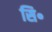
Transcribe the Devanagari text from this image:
सि॰